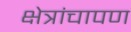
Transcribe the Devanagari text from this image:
क्षेत्रांचापण